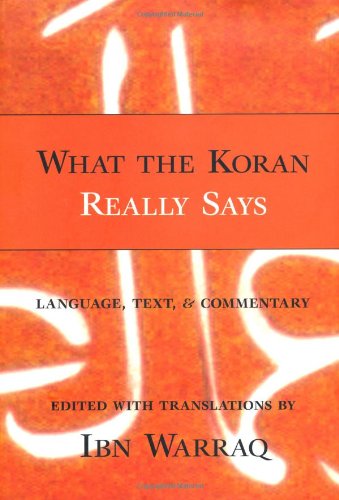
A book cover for What the Koran Really Says; Religion & Spirituality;